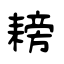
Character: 耪